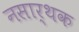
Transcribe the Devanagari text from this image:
नसार्थक